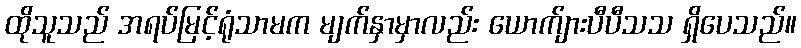
ထိုသူသည် အရပ်မြင့်ရုံသာမက မျက်နှာမှာလည်း ယောက်ျားပီပီသသ ရှိပေသည်။